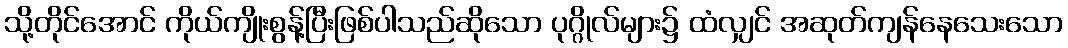
သို့တိုင်အောင် ကိုယ်ကျိုးစွန့်ပြီးဖြစ်ပါသည်ဆိုသော ပုဂ္ဂိုလ်များ၌ ထံလျှင် အဆုတ်ကျန်နေသေးသော